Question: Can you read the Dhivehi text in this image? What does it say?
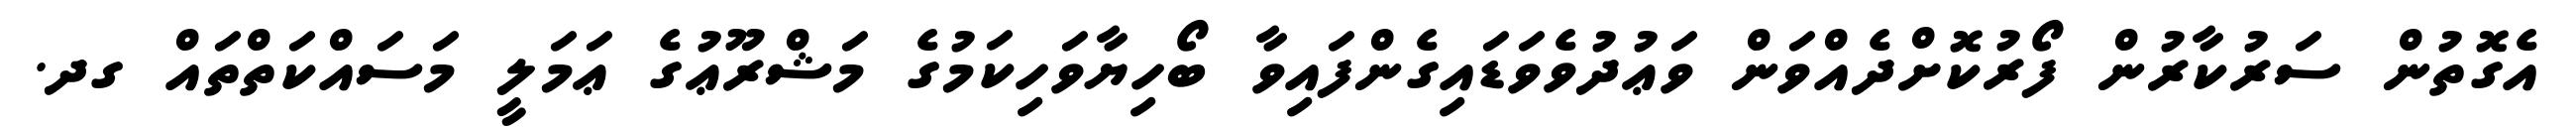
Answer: އެގޮތުން ސަރުކާރުން ފޯރުކޮށްދެއްވަން ވަޢުދުވެވަޑައިގެންފައިވާ ބޯހިޔާވަހިކަމުގެ މަޝްރޫޢުގެ ޢަމަލީ މަސައްކަތްތައް ގދ.